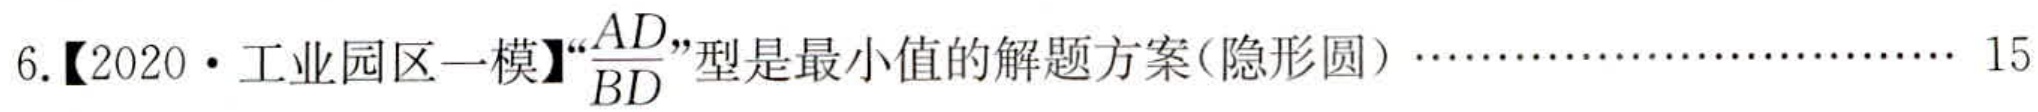
6.【2020·工业园区一模】“$\frac{AD}{BD}$”型是最小值的解题方案(隐形圆)………………………… 15